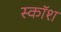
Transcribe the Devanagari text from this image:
स्कॉश